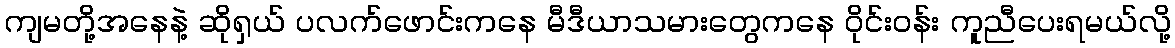
ကျမတို့အနေနဲ့ ဆိုရှယ် ပလက်ဖောင်းကနေ မီဒီယာသမားတွေကနေ ဝိုင်းဝန်း ကူညီပေးရမယ်လို့